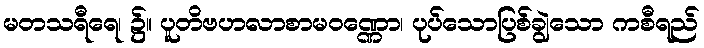
မတသရီရေ၊ ၌။ ပူတိဗဟလာစာမဝဏ္ဏော၊ ပုပ်သောပြစ်ချွဲသော ကစီရည်